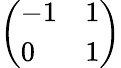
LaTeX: \left(\begin{array}{ll}{-1}&{1}\\ {0}&{1}\end{array}\right)